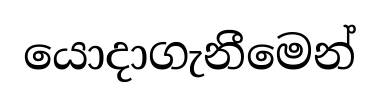
යොදාගැනීමෙන්